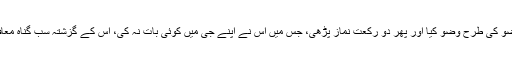
جس نے میرے اس وضو کی طرح وضو کیا اور پھر دو رکعت نماز پڑھی، جس میں اس نے اپنے جی میں کوئی بات نہ کی، اس کے گزشتہ سب گناہ معاف کر دییے جاتے ہیں۔